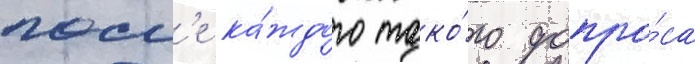
посл'е ка́ждого тако́го допро́са